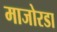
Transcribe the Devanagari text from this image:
माजोरडा